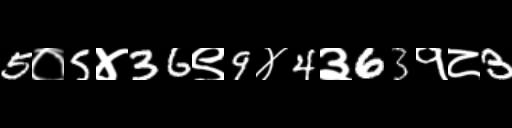
Text: 5०5४36९9४4३63१८3